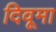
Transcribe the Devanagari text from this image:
दिवूमा